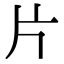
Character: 片